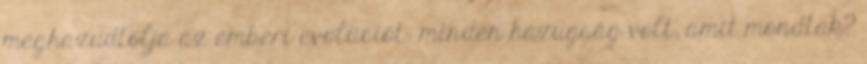
meghazudtolja az emberi evolúciót: minden hazugság volt, amit mondtak?